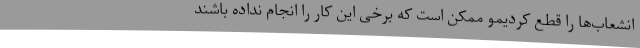
انشعاب‌ها را قطع کردیمو ممکن است که برخی این کار را انجام نداده باشند